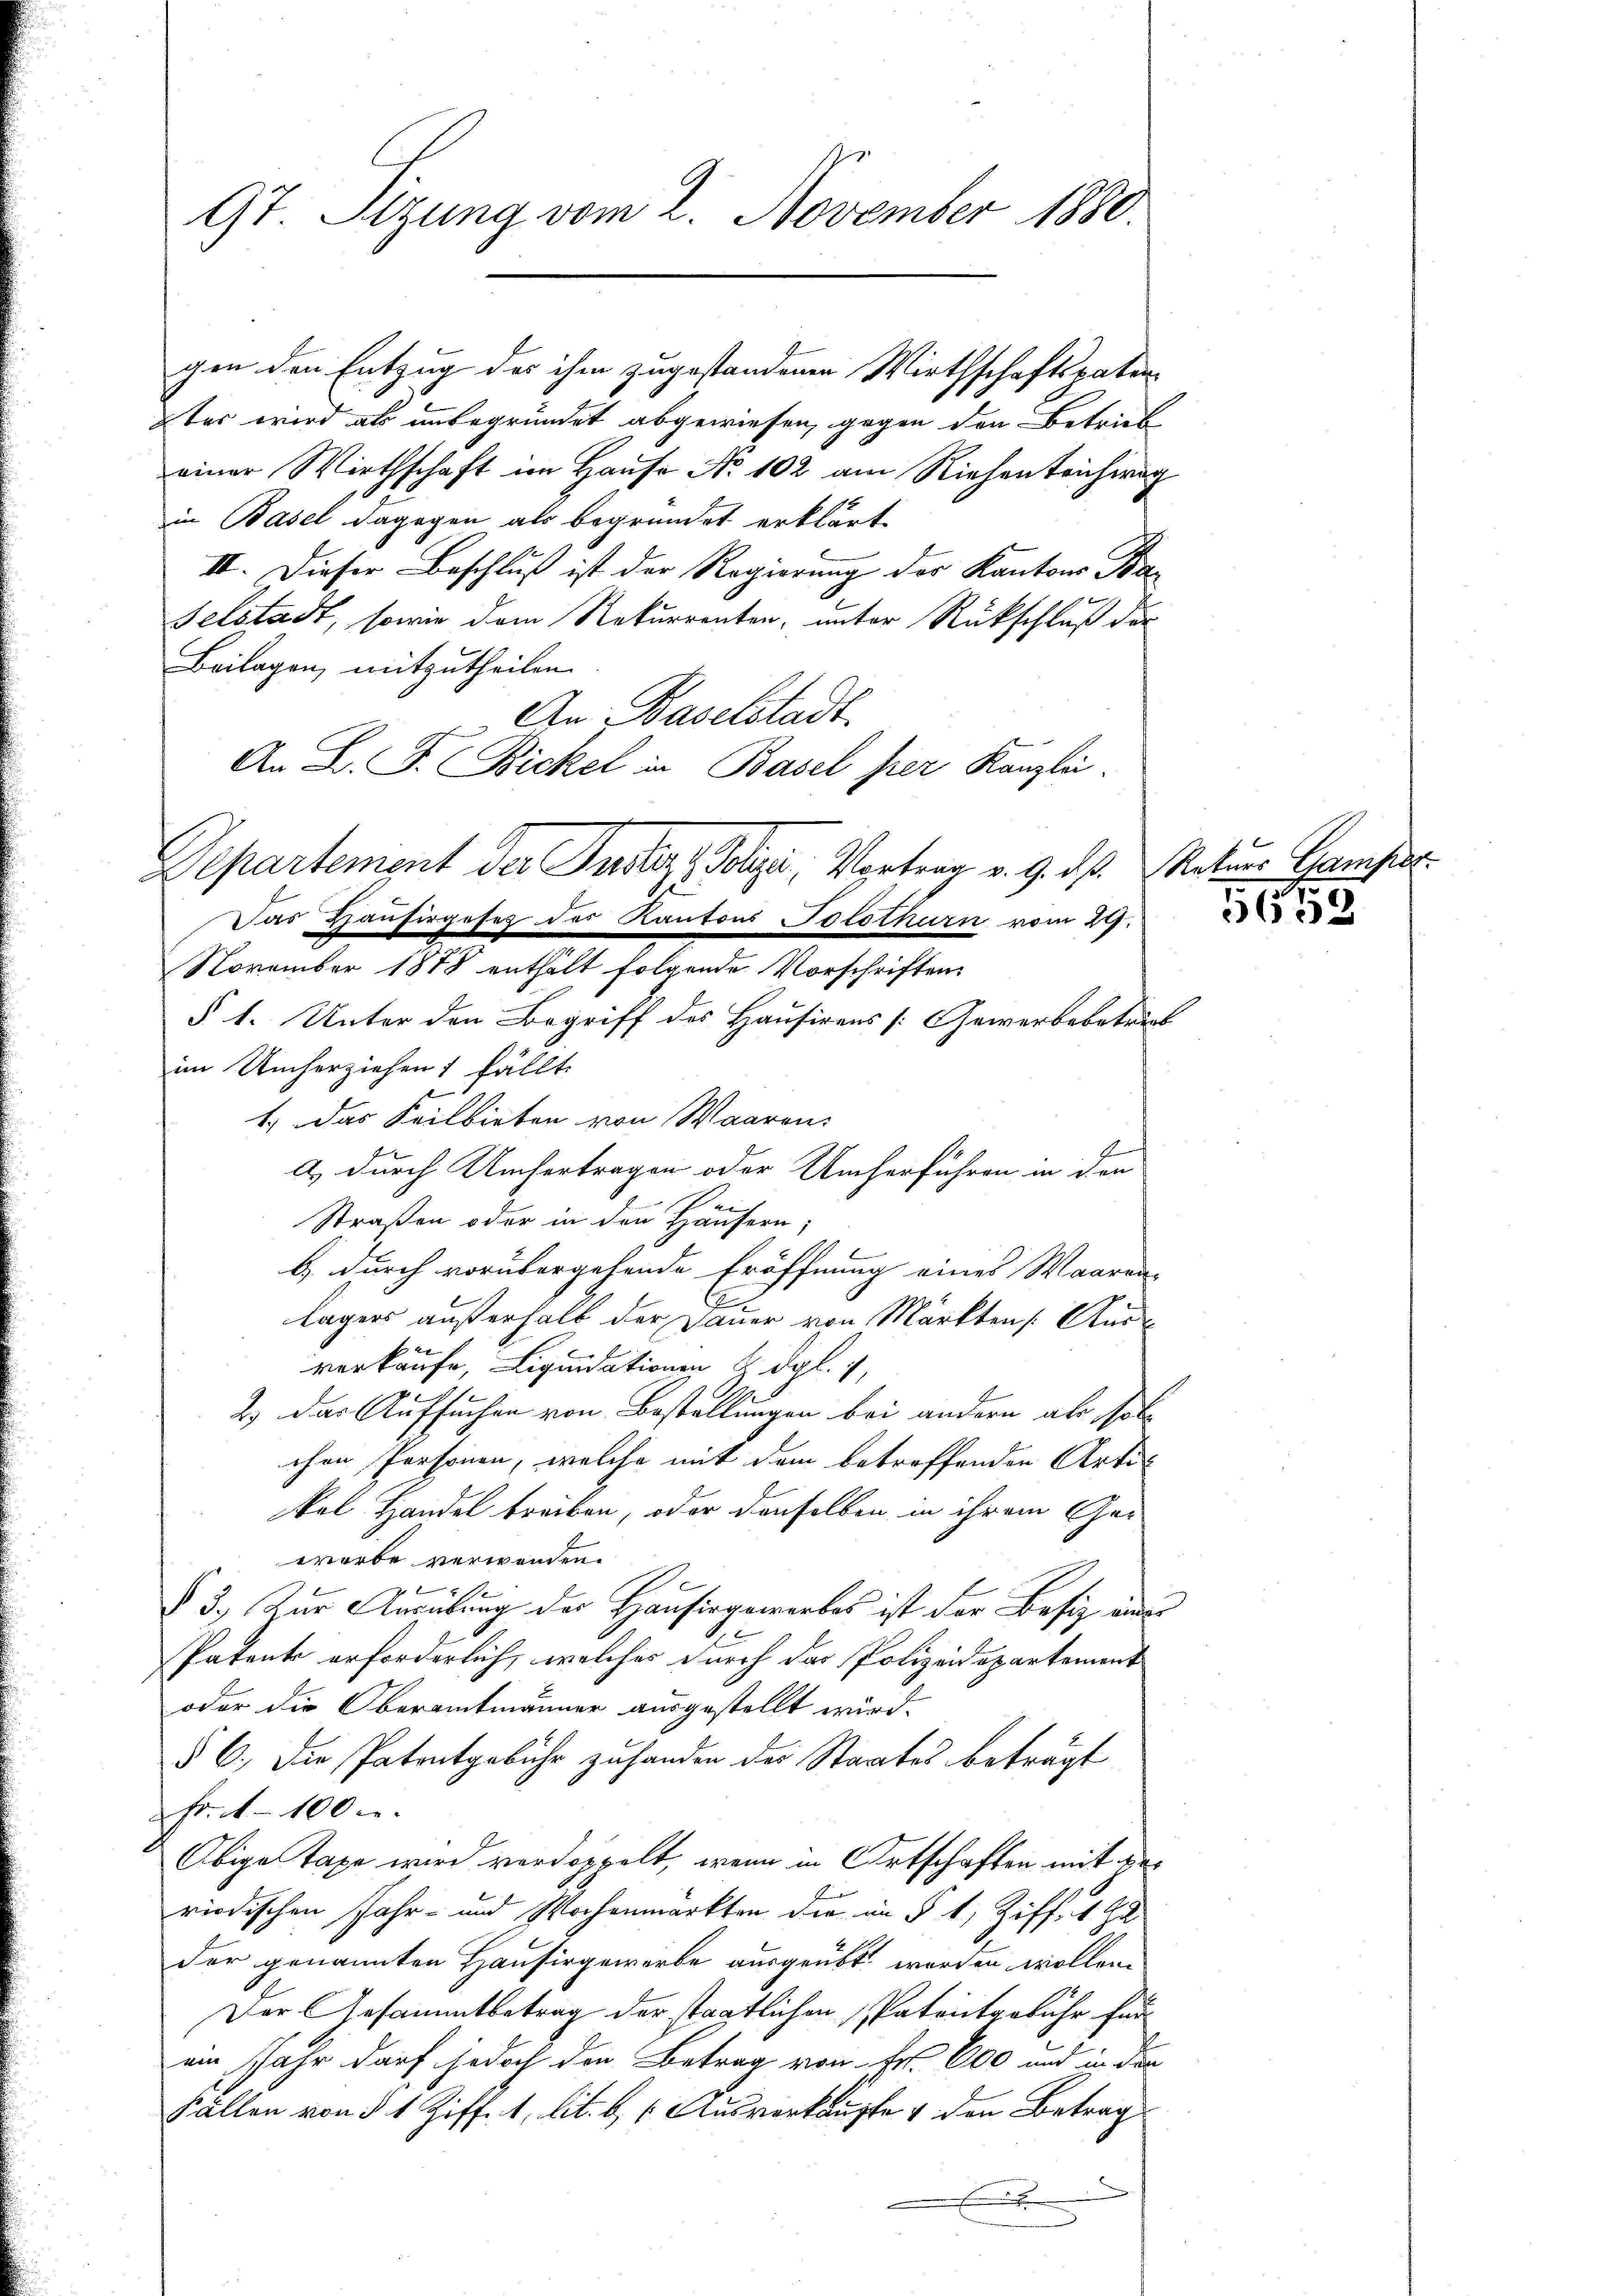
97. Sizung vom 2. November 1880.

gen den Entzug des ihm zugestandenen Wirthschaftspaten
2tes wird als unbegründet abgewiesen, gegen den Betrieb
einer Wirthschaft im Hause No 102 am Riehentriching
in Basel dagegen als begründet erklärt,
II. Dieser Beschluß ist der Regierung der Kantons Bac
Felstadt, sowie dem Rekurrenten, unter Rückschluß der
Beilagen, mitzutheilen.
An Baselstadt
An L. F. Bickel in Basel hier Kanzlei.
Das Hausirgeses des Kantons Solothurn vom 29.
November 1878 enthält folgende Vorschriftens
§ 1. Unter den Begriff des Hausirens [Gewerbebetrieb
im Umherziehen, fällt.
1.) Das Feilbieten von Waarens
a durch Umhertragen oder Umherführen in den
Straßen oder in den Häusern,
b.) durch vorübergehende Eröffnung eines Waaren-
lägers außerhalb der Dauer von Märkten Aus-
verkaufe, Liquidationen & dgl. 1,
2.) Das Aufsuchen von Bestellungen bei andern als solchen Personen, welche mit dem betroffenden Artikal Handel treiben, oder denselben in ihrem Ger
worbe verwenden.
§ 3.) Zur Ausübung des Hausirgewerbes ist der Besiz, inde
d
Patente erforderlich, welches durch das Polizeidepartement
oder die Oberamtmänner ausgestellt wird.
§ 6. Die Patentgebühr zu handen der Staates beträgt
Fr. 100 c.
Obige Taxe wird verdoppelt, wenn in Ortschaften mit de
riodischen Jahr- und Wochenmarkten der im § 1, Ziff. 498
der genannten Hausirgewerbe ausgeübt werden wollen
Der Gesammtbetrag der staatlichen Patentgebühr für
ein Jahr darf jedoch den Betrag von Fr. 600 und in den
Fällen von § 1 Ziff. 1, lit. b. (Ausverkaufte & den Betrag

Departement der Justiz, Polizei Vortrag v. 9. dß. Natur Gamper

5652